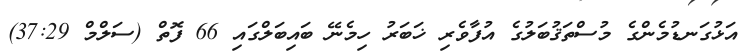
އަޅުގަނޑުމެންގެ މުސްތަޤުބަލުގެ އުފާވެރި ޚަބަރު ހިމެނޭ ބައިބަލްގައި 66 ފޮތް (ސަލްމް 37:29)